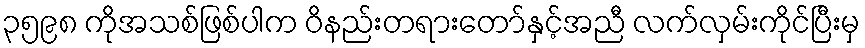
၃၅၉၈ ကိုအသစ်ဖြစ်ပါက ဝိနည်းတရားတော်နှင့်အညီ လက်လှမ်းကိုင်ပြီးမှ